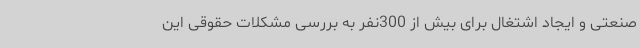
صنعتی و ایجاد اشتغال برای بیش از 300نفر به بررسی مشکلات حقوقی این